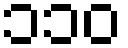
၁၁၀